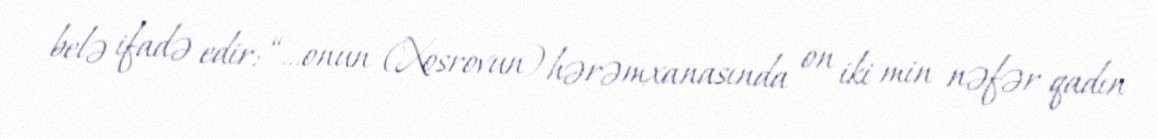
belə ifadə edir: “...onun (Xosrovun) hərəmxanasında on iki min nəfər qadın